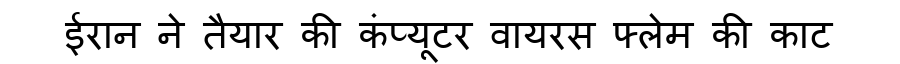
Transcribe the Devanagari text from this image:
ईरान ने तैयार की कंप्यूटर वायरस फ्लेम की काट